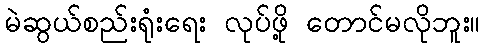
မဲဆွယ်စည်းရုံးရေး လုပ်ဖို့ တောင်မလိုဘူး။